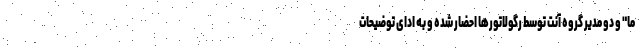
ما" و دو مدیر گروه آنت توسط رگولاتورها احضار شده و به ادای توضیحات